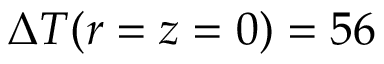
\Delta T ( r = z = 0 ) = 5 6